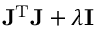
\mathbf { J } ^ { \mathrm { T } } \mathbf { J } + \lambda \mathbf { I }